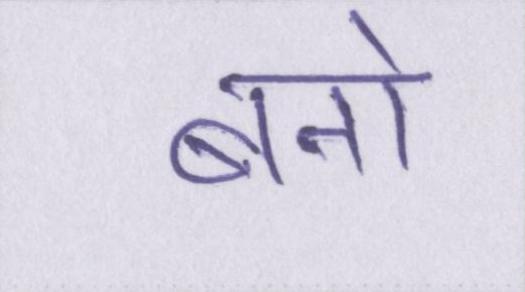
बनो